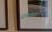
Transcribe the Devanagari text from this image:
धमतान